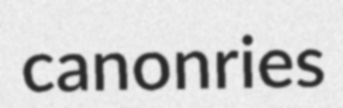
canonries